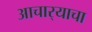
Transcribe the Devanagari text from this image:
आचार्‍याचा